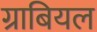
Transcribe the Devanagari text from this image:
ग्राबियल